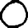
Digit: 0